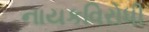
નાયકવિરોધી